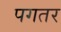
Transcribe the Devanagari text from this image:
पगतर